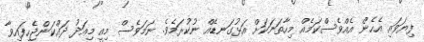
ފިޔަވައި އެހެން އެއްވެސްކަމެއް މިހާތަނަކަށް އަޅުގަނޑެއް ނުކުރަމެވެ. ނަމަވެސް މިއީ މިއަދު ދައްކަންޖެހިފައިވާ